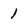
Character: 1